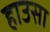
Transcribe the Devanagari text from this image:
हाउसा